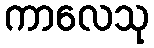
ကာလေသု